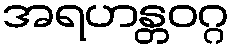
အရဟန္တဝဂ္ဂ